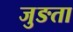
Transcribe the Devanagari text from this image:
जुङता